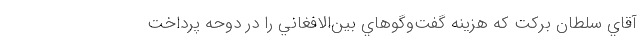
آقاي سلطان بركت كه هزينه گفت‌وگوهاي بين‌الافغاني را در دوحه پرداخت